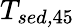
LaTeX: T_{\textit{sed,}45}